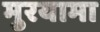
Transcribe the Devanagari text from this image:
मुरयामा